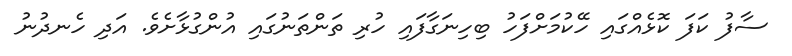
ސާފު ކަފަ ކޮޅެއްގައި ހޭކުމަށްފަހު ބިހިނަގާފައި ހުރި ތަންތަނުގައި އުންގުޅާށެވެ. އަދި ހެނދުނު